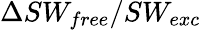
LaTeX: \Delta SW_{free}/SW_{exc}